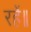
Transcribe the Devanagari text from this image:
रहें॥